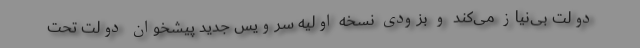
دولت بی‌نیاز می‌کند و بزودی نسخه اولیه سرویس جدید پیشخوان دولت تحت